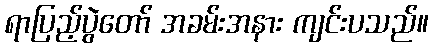
ရာပြည့်ပွဲတော် အခမ်းအနား ကျင်းပသည်။